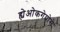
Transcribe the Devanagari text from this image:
ह्येओकगेयोसे